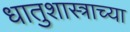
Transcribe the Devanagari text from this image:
धातुशास्त्राच्या